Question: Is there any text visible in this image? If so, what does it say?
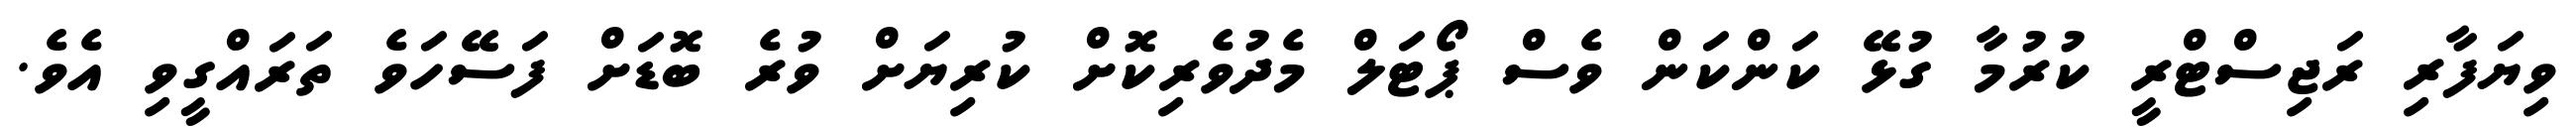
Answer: ވިޔަފާރި ރަޖިސްޓްރީ ކުރުމާ ގުޅޭ ކަންކަން ވެސް ޕޯޓަލް މެދުވެރިކޮށް ކުރިޔަށް ވުރެ ބޮޑަށް ފަސޭހަވެ ތަރައްގީވި އެވެ.